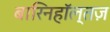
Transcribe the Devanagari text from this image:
बारिनहाॅल्तज़